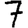
Digit: 7